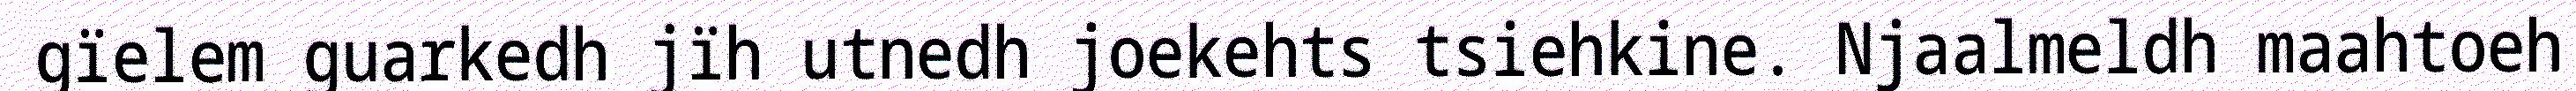
gïelem guarkedh jïh utnedh joekehts tsiehkine. Njaalmeldh maahtoeh